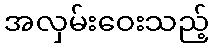
အလှမ်းဝေးသည့်